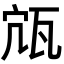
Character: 𤬽